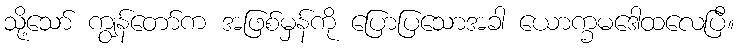
သို့သော် ကျွန်တော်က အဖြစ်မှန်ကို ပြောပြသောအခါ ယောက္ခမဒေါထလေပြီ။